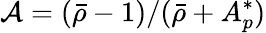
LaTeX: \mathcal{A}=(\bar{\rho}-1)/(\bar{\rho}+A_{p}^{*})